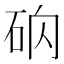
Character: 𥑚